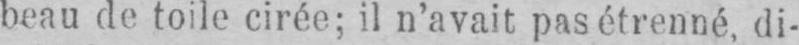
beau de toile cirée; il n’avait pas étrenné, di-